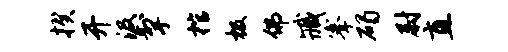
揆开汲掣棺极佛臧搴碣尉直